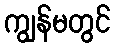
ကျွန်မတွင်